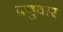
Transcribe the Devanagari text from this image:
दनुवार